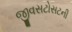
જીવસટોસટની